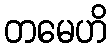
တမေဟိ